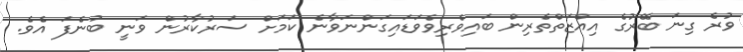
ވުރެ ގިނަ ބޭރުގެ އިއްޒަތްތެރިން ބައިވެރިވެވަޑައިގަންނަވާނެ ކަމަށް ސަރުކާރުން ވަނީ ބުނެފަ އެވެ.